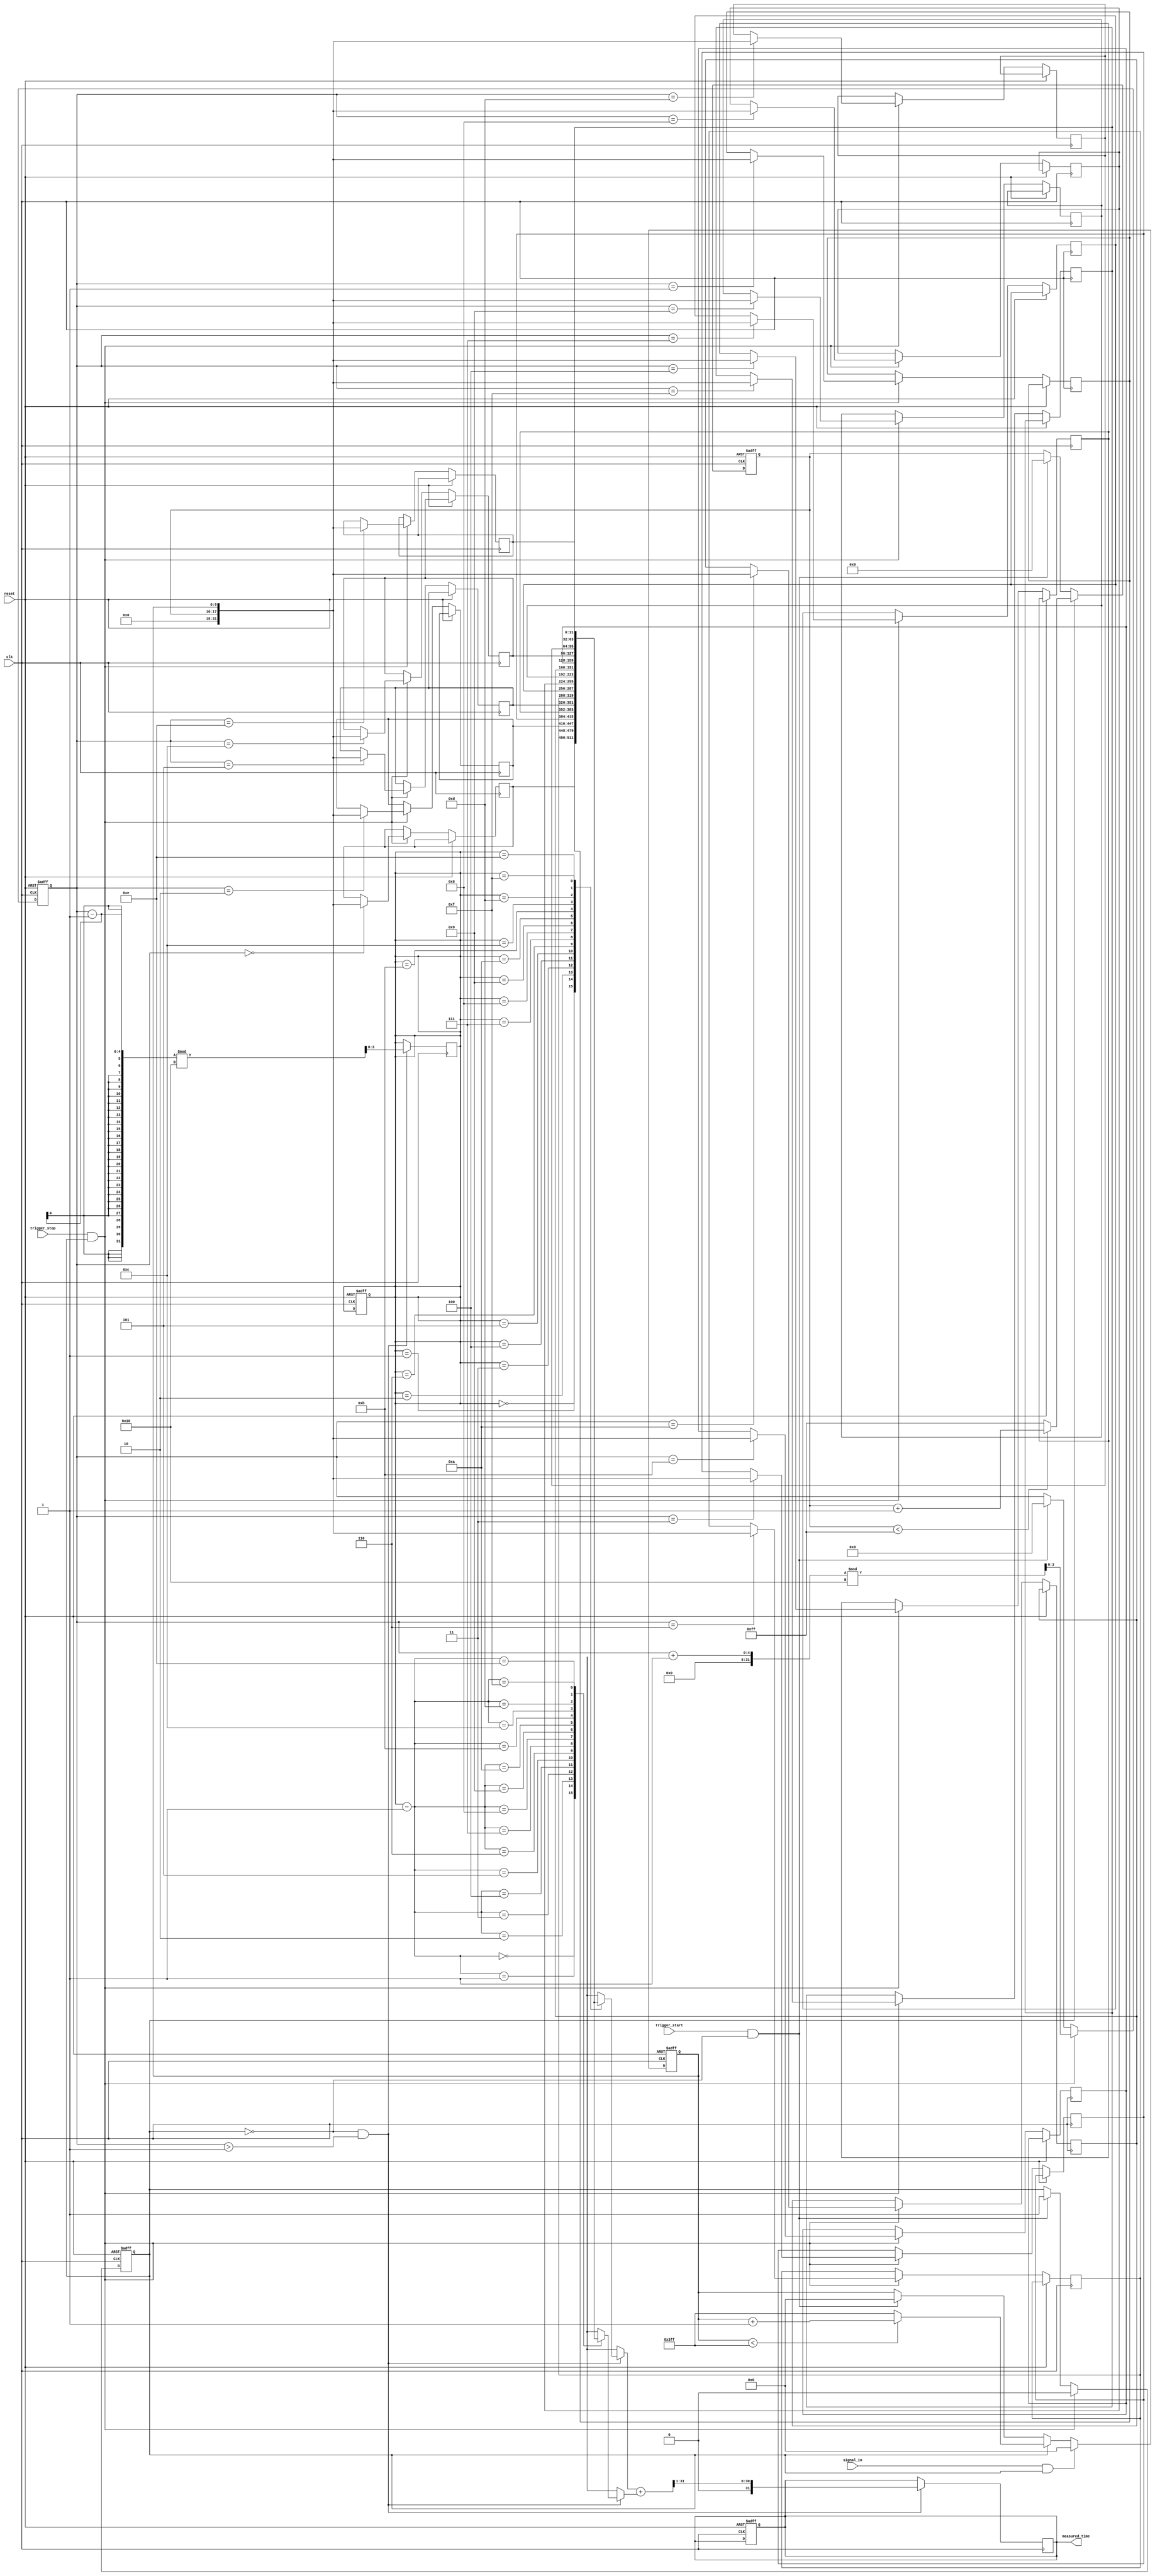
module TDC(
    input wire clk,                 // Main clock
    input wire reset,               // Reset signal
    input wire trigger_start,       // Trigger start signal
    input wire trigger_stop,        // Trigger stop signal
    input wire signal_in,           // Input signal to measure
    output reg [31:0] measured_time // Output measured time
);

// Parameters
parameter COARSE_MAX = 255;       // Max value for coarse measurement
parameter FINE_MAX = 1023;         // Max value for fine measurement
parameter MEMORY_SIZE = 16;        // Size of the memory for storing measurements

// Coarse and fine measurement counters
reg [7:0] coarse_counter;          // 8-bit coarse counter
reg [9:0] fine_counter;            // 10-bit fine counter
reg [9:0] fine_time;               // Fine time measurement
reg [31:0] memory [0:MEMORY_SIZE-1]; // Memory array for storing time measurements
reg [3:0] write_index;             // Write index for memory
reg [3:0] read_index;              // Read index for memory
reg capture_fine;                  // Capture fine measurement flag
reg is_measuring;                  // Measuring state flag

// Control logic
always @(posedge clk or posedge reset) begin
    if (reset) begin
        coarse_counter <= 0;
        fine_counter <= 0;
        write_index <= 0;
        read_index <= 0;
        measured_time <= 0;
        is_measuring <= 0;
    end else begin
        // Trigger start
        if (trigger_start && !is_measuring) begin
            coarse_counter <= 0;
            fine_counter <= 0;
            write_index <= 0;
            is_measuring <= 1;
        end
        
        // Trigger stop
        if (trigger_stop && is_measuring) begin
            memory[write_index] <= {coarse_counter, fine_counter}; // Store measurement
            write_index <= (write_index + 1) % MEMORY_SIZE; // Circular buffer
            is_measuring <= 0;
        end

        // Coarse time measurement
        if (is_measuring) begin
            if (coarse_counter < COARSE_MAX) begin
                coarse_counter <= coarse_counter + 1;
            end else begin
                coarse_counter <= COARSE_MAX; // Max value reached
            end
        end
        
        // Fine time measurement
        if (signal_in && is_measuring) begin
            fine_time <= fine_counter; // Capture current fine time
            fine_counter <= 0; // Reset fine counter for next measurement
        end else if (is_measuring) begin
            if (fine_counter < FINE_MAX) begin
                fine_counter <= fine_counter + 1;
            end else begin
                fine_counter <= FINE_MAX; // Max value reached
            end
        end
    end
end

// Interpolation logic (simple average of last two measurements for demonstration)
always @(posedge clk) begin
    if (!is_measuring && write_index > 1) begin
        read_index <= (write_index - 1) % MEMORY_SIZE; // Get last measurement
        measured_time <= (memory[read_index] + memory[read_index - 1]) >> 1; // Simple average
    end
end

endmodule